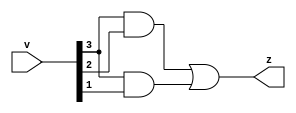
module comparator(v, z);
input [3:0] v;

output z;

//boolean expression from truth table and K-map 
assign z = (v[3]&v[2]) | (v[3]&v[1]);

endmodule